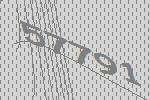
57791